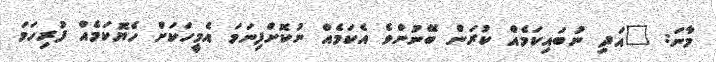
މާނަ: "އަދި ނުބައިކަމެއް ކުރަން ބޭނުންވެ އެކަމެއް ނުކޮށްފިނަމަ އެމީހަކަށް ހެޔޮކަމެއް ފުރިހަމަ